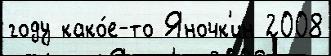
году како́е-то Яночк'ин 2008